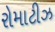
રોમાટીઝ